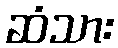
ဆံသား